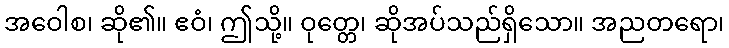
အဝေါစ၊ ဆို၏။ ဧဝံ၊ ဤသို့။ ဝုတ္တေ၊ ဆိုအပ်သည်ရှိသော။ အညတရော၊